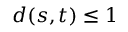
d ( s , t ) \leq 1